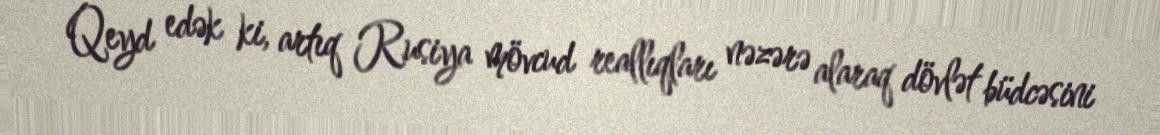
Qeyd edək ki, artıq Rusiya mövcud reallıqları nəzərə alaraq dövlət büdcəsini